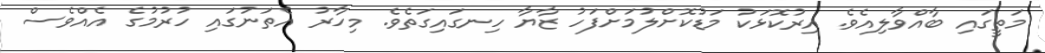
މަތީގައި ބާއްވާލިއެވެ. އިރުކޮޅަކު މަޑުކޮށްލުމަށްފަހު ޒާޔާ ހިނގައިގަތެވެ. މިހާރު އެތަނުގައި ހުރުމުގެ އެއްވެސް